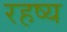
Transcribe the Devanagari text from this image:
रहष्य